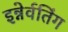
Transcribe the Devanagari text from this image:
इन्नेर्वतिंग